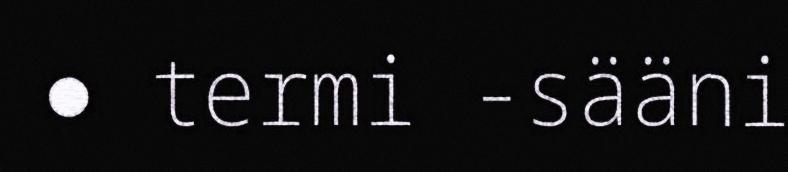
● termi -sääni